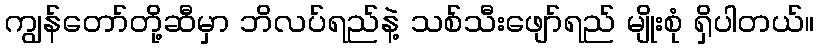
ကျွန်တော်တို့ဆီမှာ ဘိလပ်ရည်နဲ့ သစ်သီးဖျော်ရည် မျိုးစုံ ရှိပါတယ်။